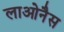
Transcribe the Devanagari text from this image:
लाओनैस